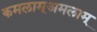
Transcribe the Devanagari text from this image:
कमलाम्अमलाम्